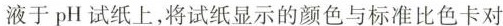
液于pH试纸上，将试纸显示的颜色与标准比色卡对